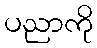
ပညာကို